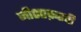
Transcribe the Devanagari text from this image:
जी०एफ़०पी